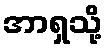
အာရှသို့